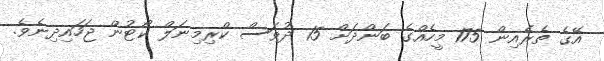
އޭގެ ތެރެއިން 175 މީހެއްގެ ބަންދަށް 15 ދުވަސް ކްރިމިނަލް ކޯޓުން ޖަހައިދިނެވެ.